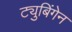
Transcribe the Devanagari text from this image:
ट्युबिंगेन